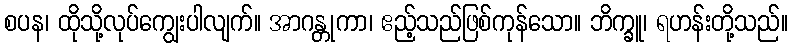
စပန၊ ထိုသို့လုပ်ကျွေးပါလျက်။ အာဂန္တုကာ၊ ဧည့်သည်ဖြစ်ကုန်သော။ ဘိက္ခူ၊ ရဟန်းတို့သည်။